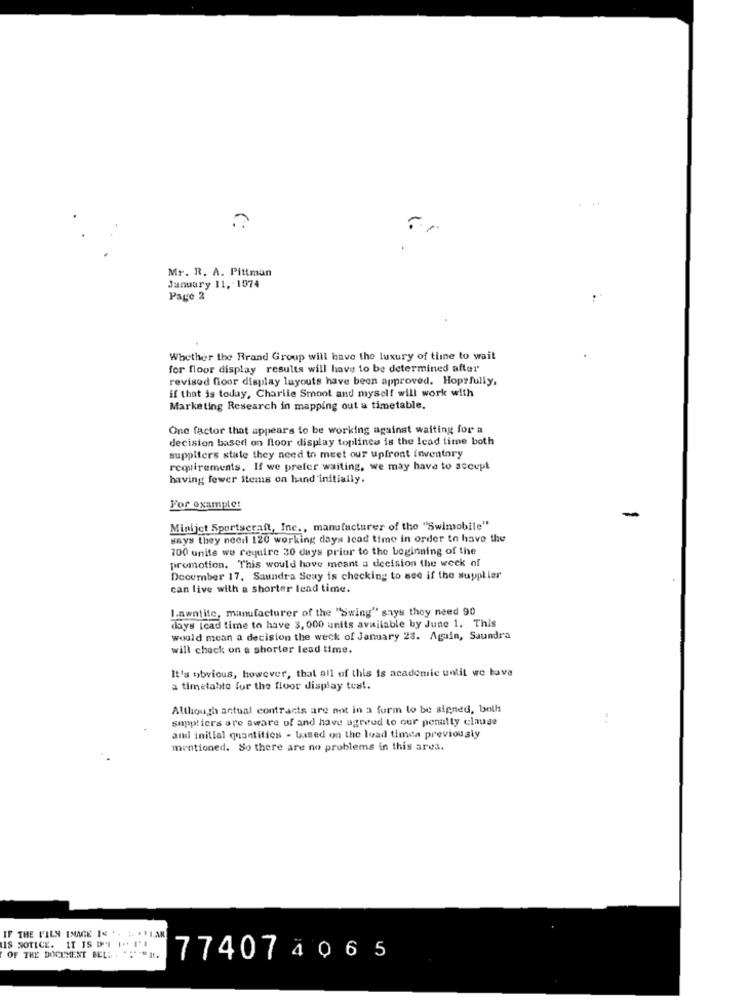
Mr. R. A. Pittman
January 11, 1074
Page 2
Whether the Rrand Group will have the luxury of time to wait
for floor display results will have to be determined after
revised ficor display layouts have been approved. Hopefully,
if that is today, Charlie Smoot and myself will work with
Marketing Research in mapping out a timetable.
One factor that appears to be working against waiting for a
decision based on floor display toplines is the lead time both
suppliers state they need to meet our upfront inventory
requirements. If we prefer waiting, we may have to accept
having fewer items on hand initially.
For example:
Minijet Sportscraft, Inc ., manufacturer of the "Swimobile"
says they need 120 working days lead time in order to have the
700 units we require 30 days prior to the beginning of the
promotion. This would have meant a decision the week of
December 17, Saundra Seay is checking to see if the supplier
can live with a shorter lead time.
Lawntite, manufacturer of the "Swing" says they need 90
days Icad time to have 3, 000 units available by June 1. This
would mean a decision the weck of January 23. Again, Saundra
will check on a shorter lead time.
It's obvious, however, that all of this is academic until we have
a timetahto for the floor display test.
Although actual contracts are not in a form to be signed, both
suppliers are aware of and have agreed to our penalty clause
and initial quantities - based on the load timea previously
mentioned. So there are no problems in this area.
IS NOTICE. IT IS DAL I .. I'!
IF THE PILY IMAGE IS .. . . ILAN
OF THE DOCUMENT BEL: . """ "" !!
774074065